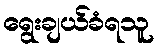
ရွေးချယ်ခံရသူ